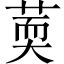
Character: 䓴